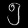
Digit: ၅